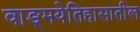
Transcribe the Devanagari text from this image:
वाङ्‌मयेतिहासातील